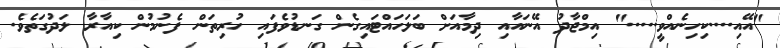
"އޭއި....ކިހިނެއްވީ....." އިމްޖާދު އޭނައާއި ދިމާއަށް ބަލަހައްޓައިގެން ގަނޑުވެފައި ހުރިތަން ފެނުމުން ކިއާރާ ލަދުގަތެވެ.